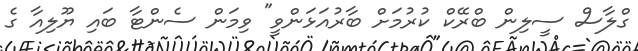
ގްލާސް ސީލިން ބްރޭކް ކުރުމަށް ބާރުއަޅަންވީ" ވިމަން ސެންޓާ ބައި ޔޫލިއާ ގެ